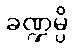
ခဏ္ဍမ္ပိ